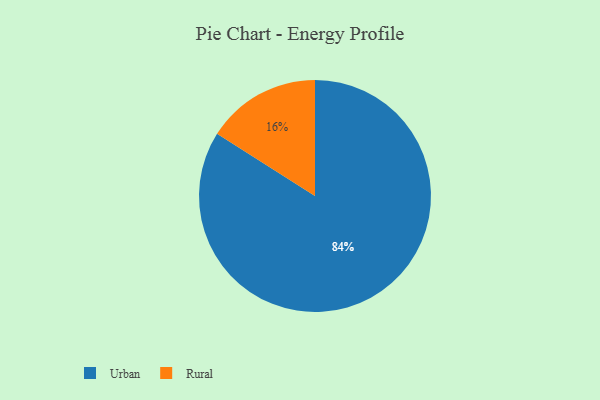
{"axis": {"x": "Category", "y": "Percentage"}, "legend": ["Rural", "Urban"], "data": [{"x": "Rural", "y": 16, "type": "Rural"}, {"x": "Urban", "y": 84, "type": "Urban"}]}